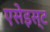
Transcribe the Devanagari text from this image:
एसेइस्ट